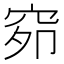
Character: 𰩇